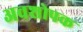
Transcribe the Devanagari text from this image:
अवशोपक